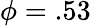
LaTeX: \phi=.53